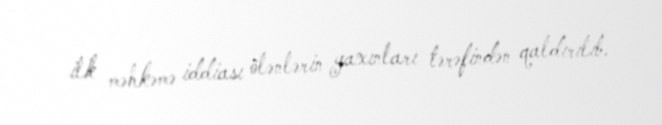
ilk məhkəmə iddiası ölənlərin yaxınları tərəfindən qaldırılıb.